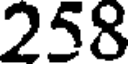
258